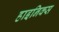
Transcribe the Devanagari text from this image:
हाइनिक्स